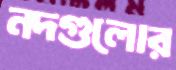
নদগুলোর